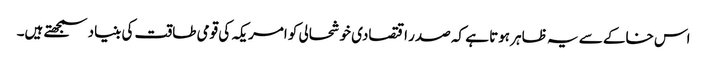
اس خاکے سے یہ ظاہر ہوتا ہے کہ صدر اقتصادی خوشحالی کو امریکہ کی قومی طاقت کی بنیاد سمجھتے ہیں۔